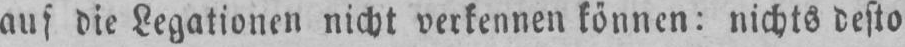
auf die Legationen nicht verkennen können: nichts desto